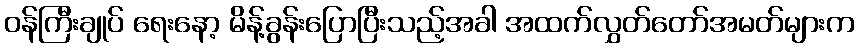
ဝန်ကြီးချုပ် ရေးနော့ မိန့်ခွန်းပြောပြီးသည့်အခါ အထက်လွှတ်တော်အမတ်များက